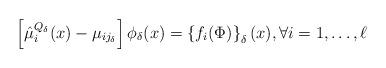
LaTeX: \begin{align*}\left[\hat\mu_i^{Q_{\delta}}(x)-\mu_{ij_{\delta}}\right]\phi_{\delta}(x) = \left\{f_i(\Phi)\right\}_{\delta}(x),\forall i=1,\ldots, \ell\end{align*}